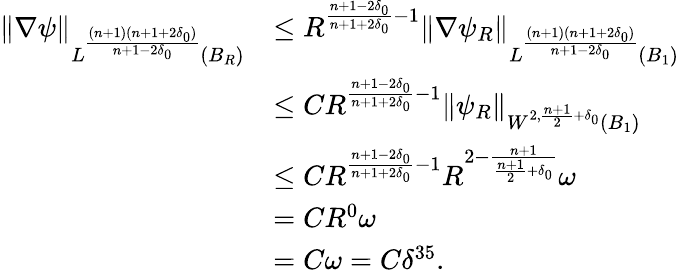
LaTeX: \begin{array}{rl}{\| \nabla\psi\| _{L^{\frac{(n+1)(n+1+2\delta_{0})}{n+1-2\delta_{0}}}(B_{R})}}&{\leq R^{\frac{n+1-2\delta_{0}}{n+1+2\delta_{0}}-1}\| \nabla\psi_{R}\| _{L^{\frac{(n+1)(n+1+2\delta_{0})}{n+1-2\delta_{0}}}(B_{1})}}\\ &{\leq CR^{\frac{n+1-2\delta_{0}}{n+1+2\delta_{0}}-1}\| \psi_{R}\| _{W^{2,\frac{n+1}{2}+\delta_{0}}(B_{1})}}\\ &{\leq CR^{\frac{n+1-2\delta_{0}}{n+1+2\delta_{0}}-1}R^{2-\frac{n+1}{\frac{n+1}{2}+\delta_{0}}}\omega}\\ &{=CR^{0}\omega}\\ &{=C\omega=C\delta^{35}.}\end{array}